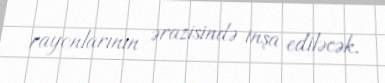
rayonlarının ərazisində inşa ediləcək.